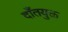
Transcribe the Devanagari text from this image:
दाँतयुक्त